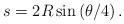
LaTeX: \begin{align*}s=2R\sin\left(\theta/4\right).\end{align*}